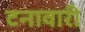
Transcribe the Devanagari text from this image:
टनावारी